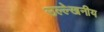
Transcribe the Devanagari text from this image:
उल्‍ल्‍ेखनीय